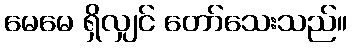
မေမေ ရှိလျှင် တော်သေးသည်။